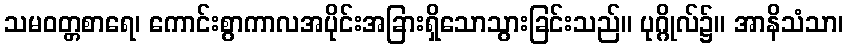
သမဝတ္တစာရေ၊ ကောင်းစွာကာလအပိုင်းအခြားရှိသောသွားခြင်းသည်။ ပုဂ္ဂိုလ်၌။ အာနိသံသာ၊